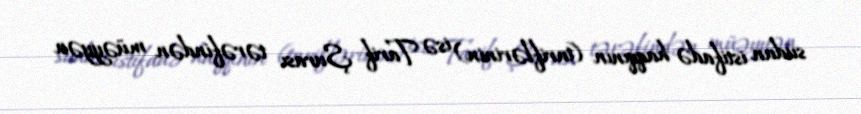
sudan istifadə haqqının (tariflərinin) isə Tarif Şurası tərəfindən müəyyən